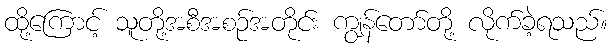
ထို့ကြောင့် သူတို့အစီအစဉ်အတိုင်း ကျွန်တော်တို့ လိုက်ခဲ့ရသည်။